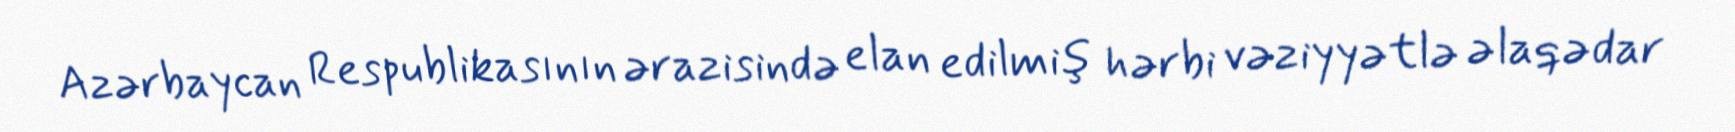
Azərbaycan Respublikasının ərazisində elan edilmiş hərbi vəziyyətlə əlaqədar